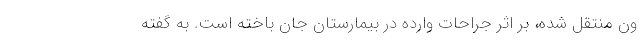
ون منتقل شده، بر اثر جراحات وارده در بیمارستان جان باخته است. به گفته